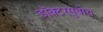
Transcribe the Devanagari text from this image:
डॉक्टरसुबोध